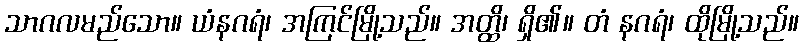
သာဂလမည်သော။ ယံနဂရံ၊ အကြင်မြို့သည်။ အတ္ထိ၊ ရှိ၏။ တံ နဂရံ၊ ထိုမြို့သည်။